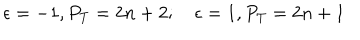
LaTeX: \epsilon = - 1 , P _ { T } = 2 n + 2 ; \quad \epsilon = 1 , P _ { T } = 2 n + 1